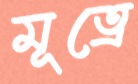
মূত্রে